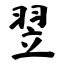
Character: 翌